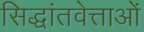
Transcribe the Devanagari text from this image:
सिद्धांतवेत्ताओं